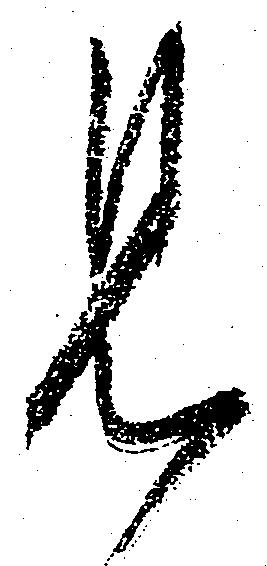
見